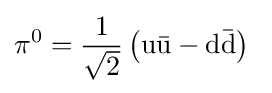
\mathrm {\pi } ^{0}={\frac {1}{\sqrt {2}}}\left(\mathrm {u{\bar {u}}-d{\bar {d}}} \right)~